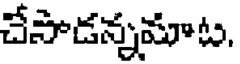
చేసాడన్నమాట.